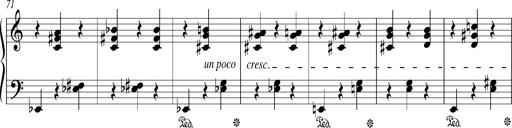
Title: Bagatelle sans tonalitÃ©
Composer: Franz Liszt